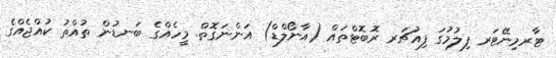
ޓާރމިނޭޓަރ ފިލުމުގަ ފިއުޗަރ ރޮބޮޓްތައް (އާނޯލްޑް) އަންނަގޮތް. މީހެއްގެ ބަނޑުން ތުއްތު ކުއްޖެއްގެ